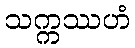
သက္ကဿဟံ